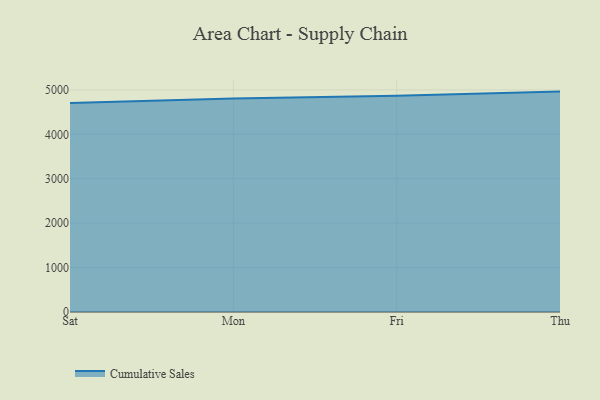
{"axis": {"x": "Day", "y": "Satisfaction Score"}, "legend": ["Cumulative Sales"], "data": [{"x": "Sat", "y": 4703.0, "type": "Cumulative Sales"}, {"x": "Mon", "y": 4805.3, "type": "Cumulative Sales"}, {"x": "Fri", "y": 4867.6, "type": "Cumulative Sales"}, {"x": "Thu", "y": 4961.2, "type": "Cumulative Sales"}]}